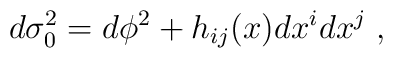
d\sigma _{0}^{2}=d\phi ^{2}+h_{ij}(x)dx^{i}dx^{j}\;,